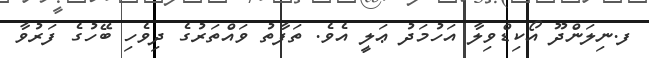
ފ.ނިލަންދޫ އޯކިޑްވިލާ އަހުމަދު ޢަލީ އެވެ. ތަފާތު ވައްތަރުގެ ދިވެހި ބޭހުގެ ފަރުވާ